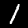
Digit: 1